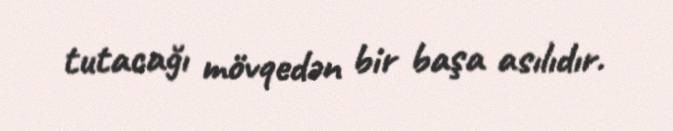
tutacağı mövqedən bir başa asılıdır.